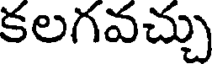
కలగవచ్చు